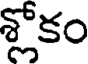
శ్లోకం